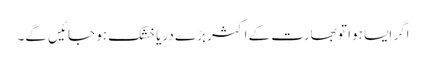
اگر ایسا ہوا تو بھارت کے اکثر بڑے دریا خشک ہو جائیں گے۔